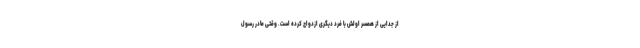
از جدایی از همسر اولش با فرد دیگری ازدواج کرده است. وقتی مادر رسول